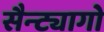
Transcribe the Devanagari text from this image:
सैन्ट्यागो